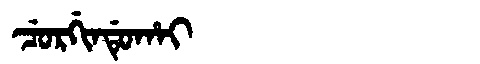
Manchu: ᠴᡠᡵᡤᡳᠨᡩᡠᡥᠠᡳ
Romanization: CURGINDUHAI